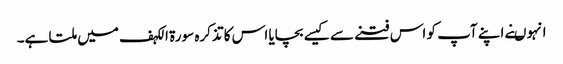
انہو ںنے اپنے آپ کو اس فتنے سے کیسے بچایا اس کا تذکرہ سورة الکہف میں ملتا ہے۔